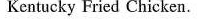
Kentucky Fried Chicken.